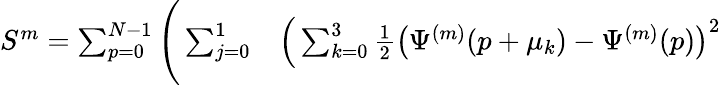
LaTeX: \begin{array}{rl}{S^{m}=\sum_{p=0}^{N-1}\Bigg(\sum_{j=0}^{1}}&{{}\Big(\sum_{k=0}^{3}\frac{1}{2}\left(\Psi^{(m)}(p+\mu_{k})-\Psi^{(m)}(p)\right)^{2}}\end{array}